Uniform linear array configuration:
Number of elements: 48
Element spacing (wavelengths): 1
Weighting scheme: blackman
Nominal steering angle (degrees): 45
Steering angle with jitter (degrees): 44.718
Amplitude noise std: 0.05
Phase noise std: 0.05

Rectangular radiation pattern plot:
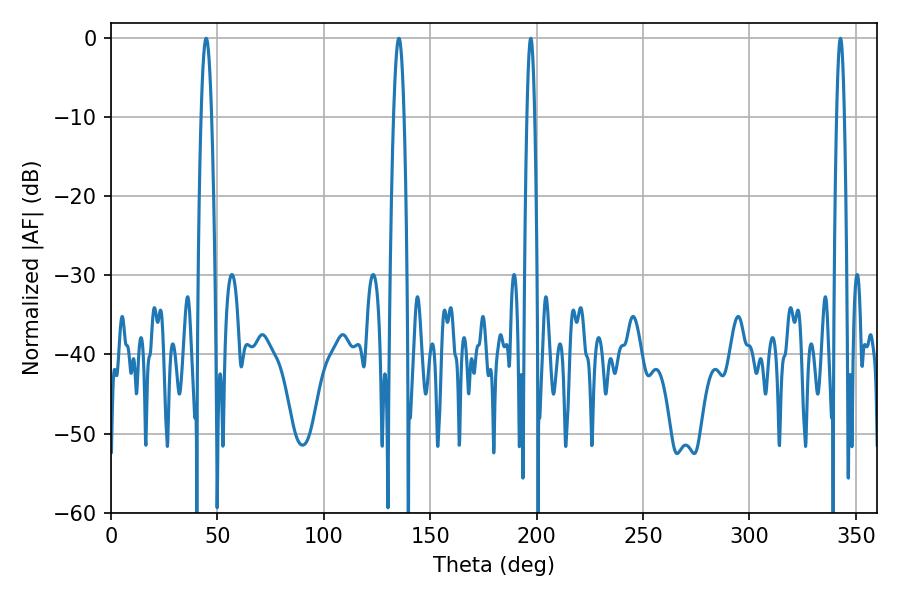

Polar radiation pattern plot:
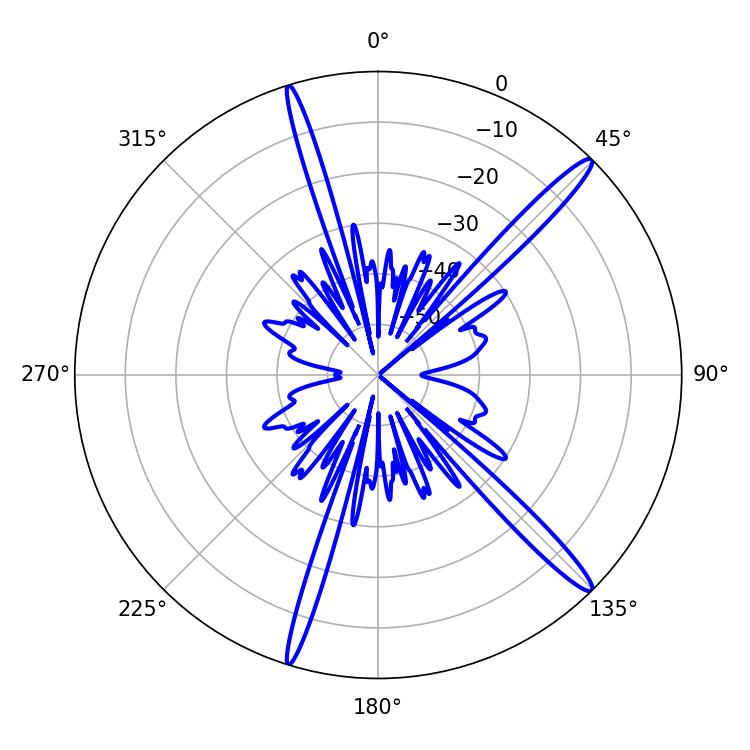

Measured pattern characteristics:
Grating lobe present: TRUE
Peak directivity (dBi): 16.024
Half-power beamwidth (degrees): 1.98
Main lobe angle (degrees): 342.72